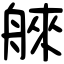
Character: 𦩑